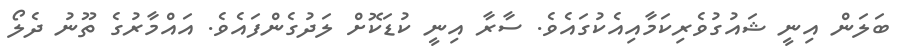
ބަލަން އިނީ ޝައުގުވެރިކަމާއިއެކުގައެވެ. ސާރާ އިނީ ކުޑަކޮށް ލަދުގެންފައެވެ. އައްމާރުގެ ތޫނު ދެލޯ